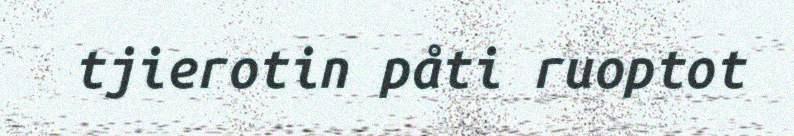
tjierotin påti ruoptot